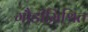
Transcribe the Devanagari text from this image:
गौडीमिश्रित